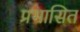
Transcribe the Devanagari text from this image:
प्रभासित